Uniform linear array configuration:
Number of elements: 48
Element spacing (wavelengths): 1
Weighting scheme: cosine
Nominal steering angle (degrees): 60
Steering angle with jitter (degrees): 59.733
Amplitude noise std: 0.05
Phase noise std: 0.05

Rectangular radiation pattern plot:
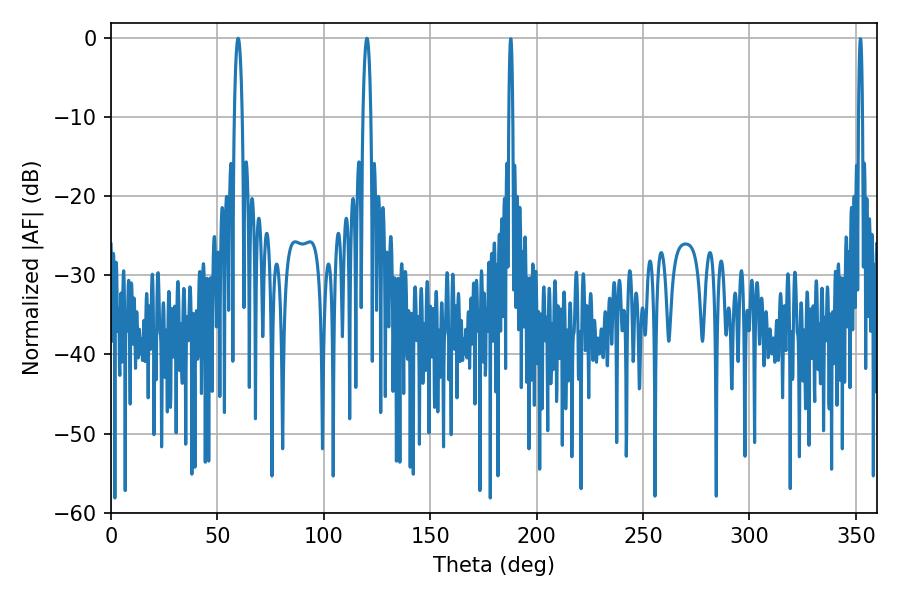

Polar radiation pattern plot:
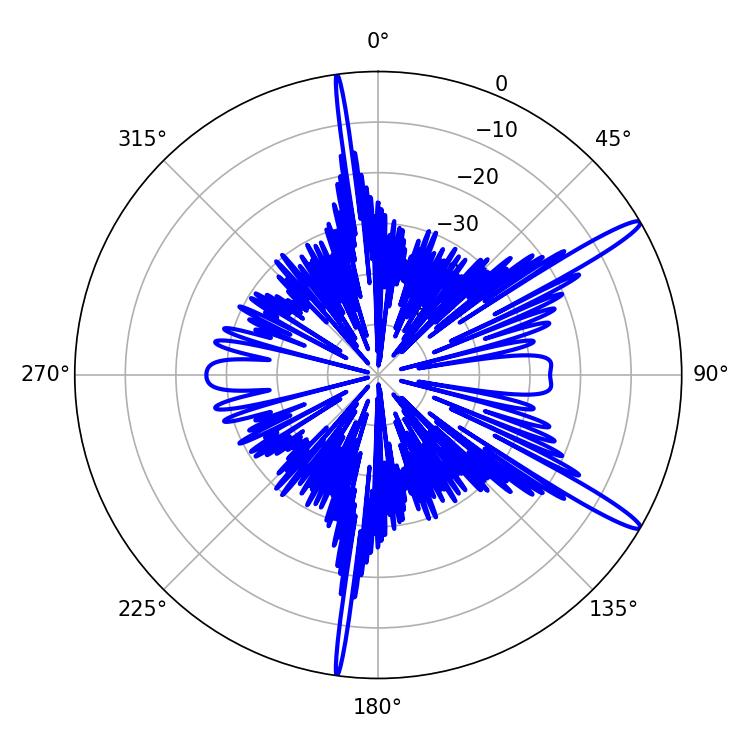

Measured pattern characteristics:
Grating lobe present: TRUE
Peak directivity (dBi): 14.826
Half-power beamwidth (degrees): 2.16
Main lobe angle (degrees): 59.76